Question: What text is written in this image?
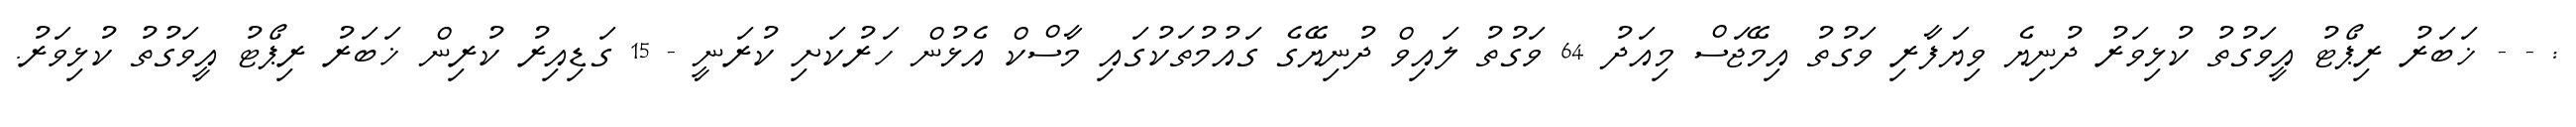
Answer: : - - ޚަބަރު ރިޕޯޓު އީވަގުތު ކުޅިވަރު ދުނިޔެ ވިޔަފާރި ވަގުތު އިމޭޖަސް މިއަދު 64 ވަގުތު ލައިވް ދުނިޔޭގެ ގައުމުތަކުގައި މާސްކް އެޅުން ހަރުކަށި ކުރަނީ - 15 ގަޑިއިރު ކުރިން ޚަބަރު ރިޕޯޓު އީވަގުތު ކުޅިވަރު.